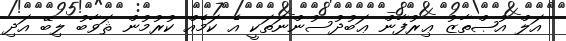
އަލް އުޞްތާޒު ޢިރުފާން ޢަބުދުސުންނަތަކީ އެ ކަމެއް ކުރުމުން ޘަވާބު ލިބޭ އަދި